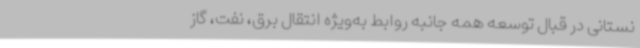
نستانی در قبال توسعه همه جانبه روابط به‌ویژه انتقال برق، نفت، گاز